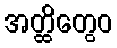
အတ္ထိတွေဝ